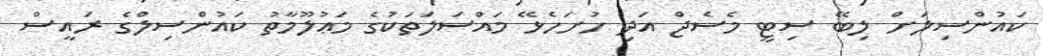
ކައުންސިލަށް ލިބޭ ސިޓީ މެސެޖް އަދި ހުށަހެޅޭ މައްސަލަތަކުގެ މަޢުލޫމާތު ކައުންސިލްގެ ރައީސް